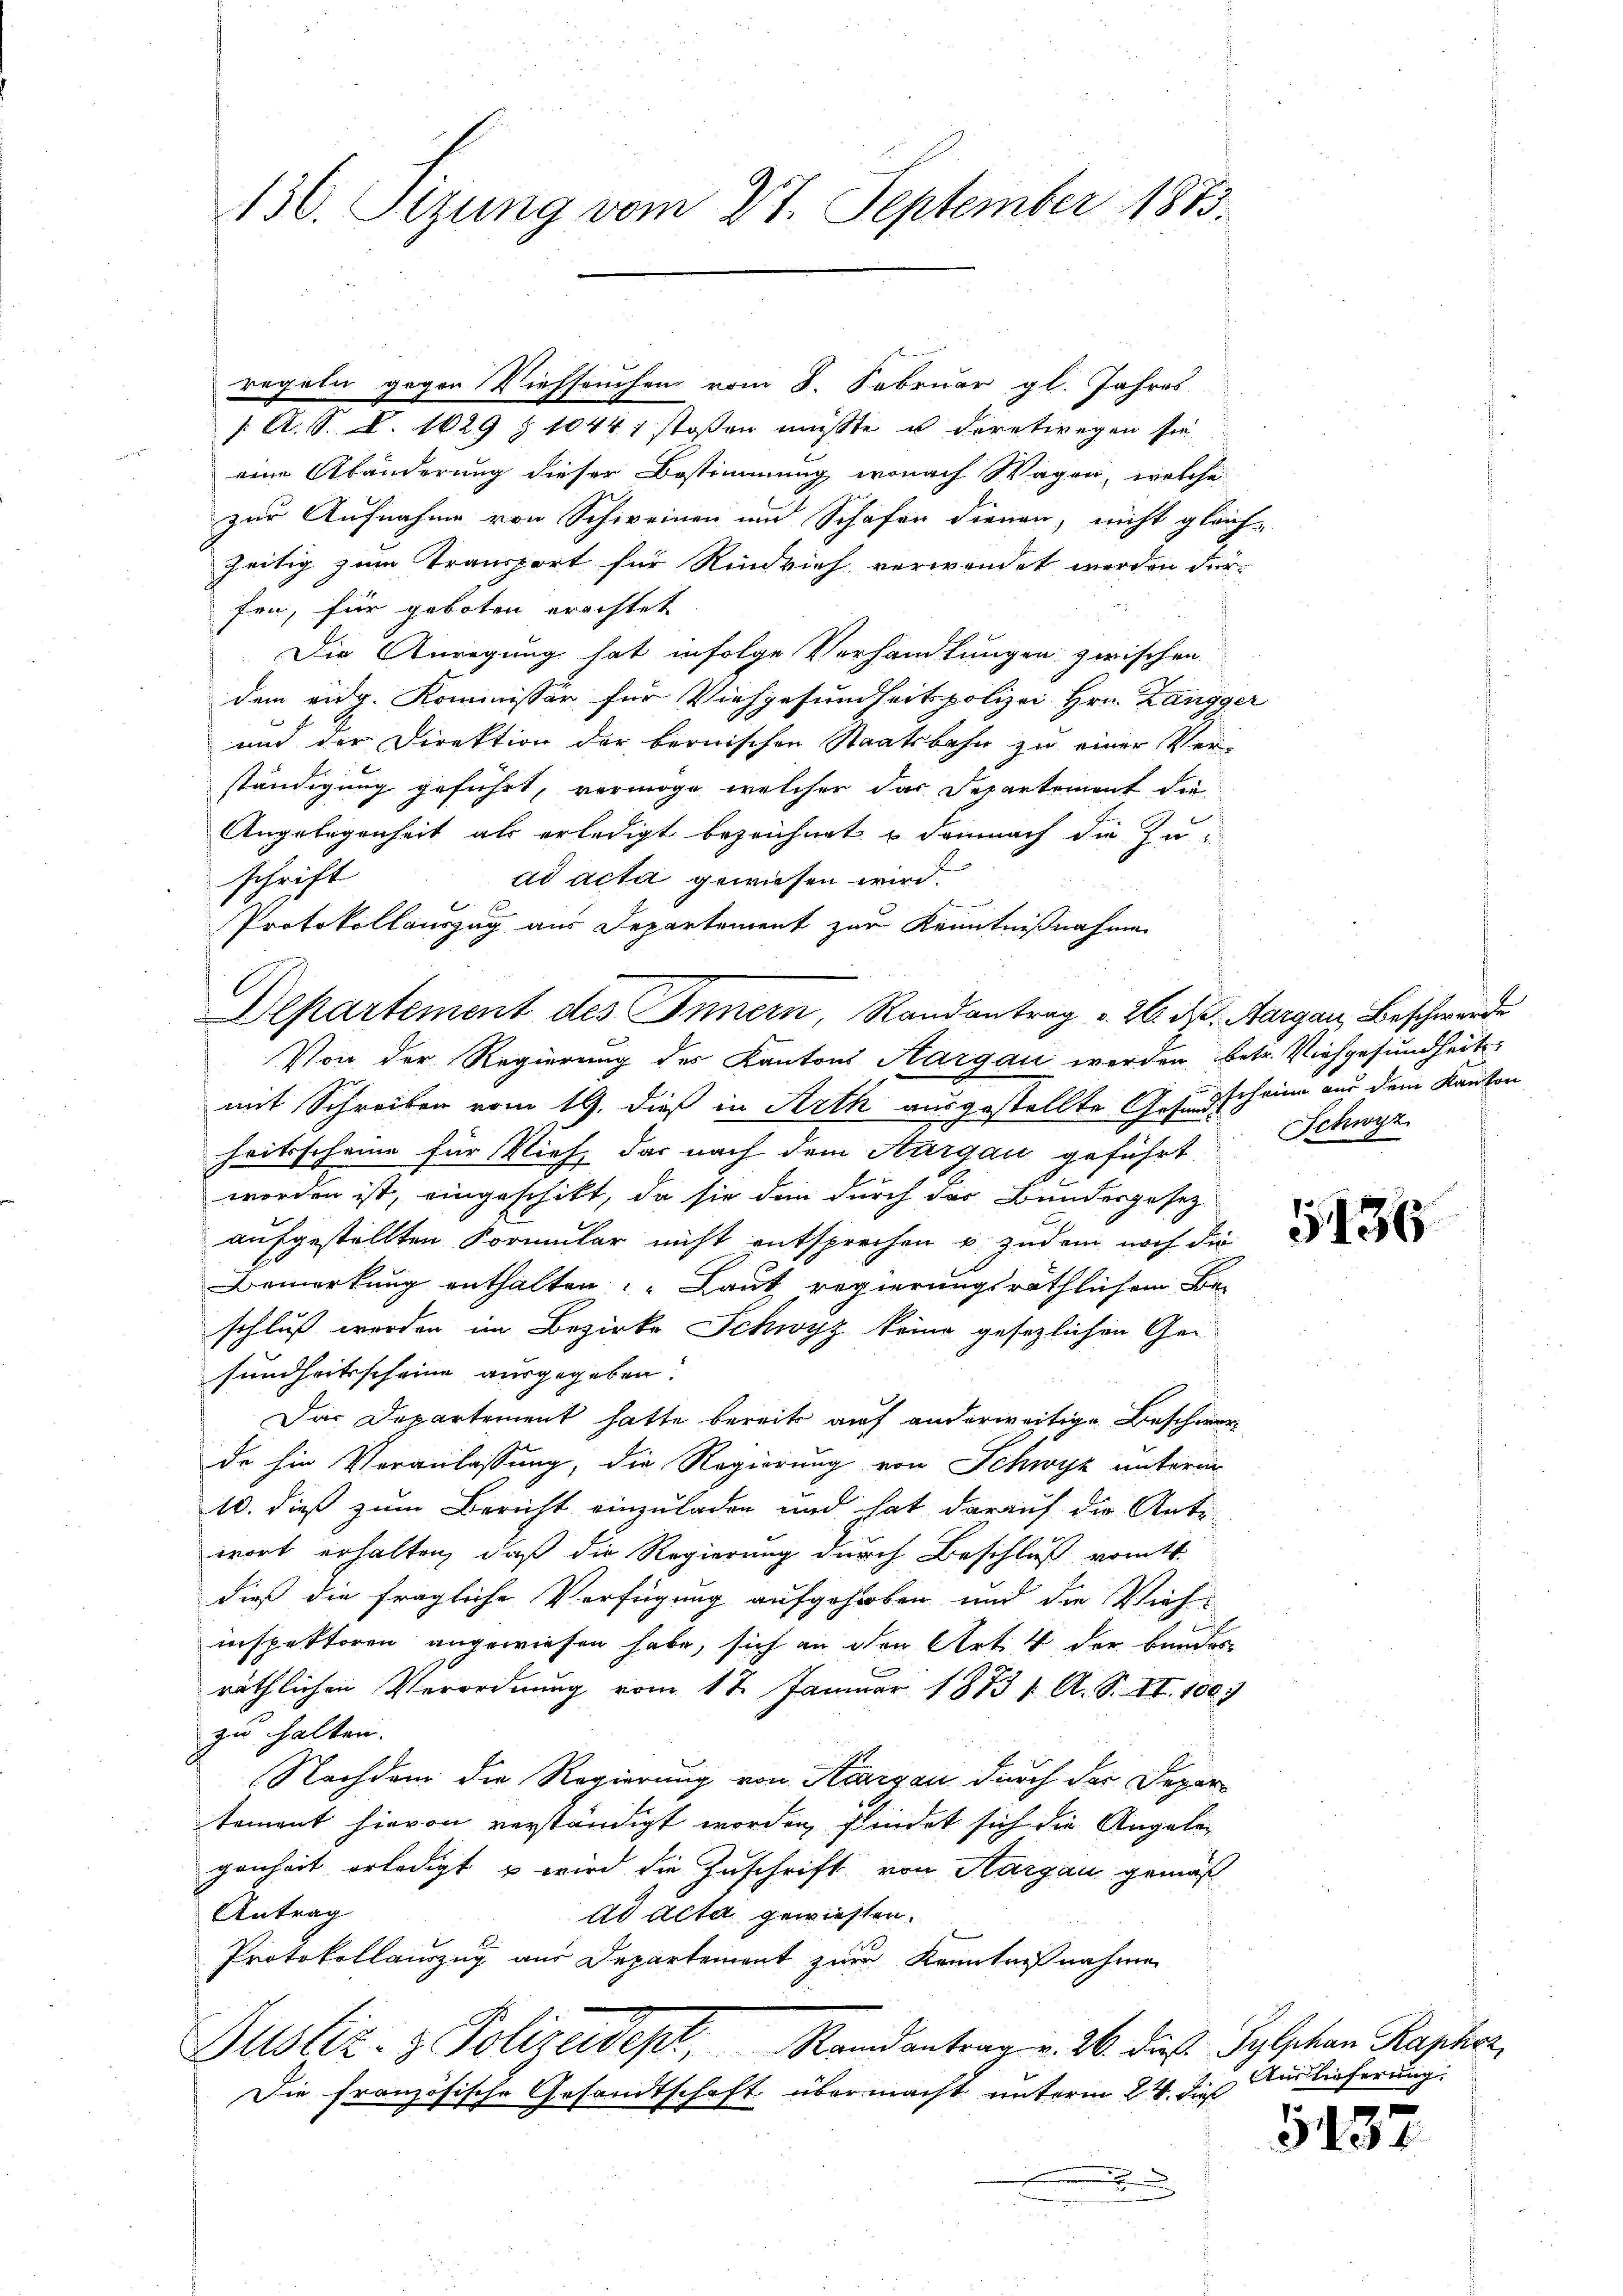
136. Sizung vom 27. September 1873.

regeln gegen Viehseuchen vom 8. Februar gl. Jahres
/. A. S. S. 1629 § 1044 1 stoßen müsste u deretwegen sie
eine Abänderung dieser Bestimmung wonach Wagen, welche
zur Aufnahme von Schweinen und Schafen dienen, nicht gleichzeitig zum Transport für Rindvieh verwendet werden dür-
fen, für geboten erachtet
Die Anregung hat infolge Verhandlungen zwischen
dem eidg. Kommissär für Viehgesundheitspolizei Hrn. Langger
und der Direktion der bernischen Staatsbahn zu einer Ver-
ständigung geführt, vermöge, welcher das Departement die
Angelegenheit als erledigt bezeichnet & demnach die Zuschrift
ad acta gewiesen wird.
Protokollauszug aus Departement zur Kenntnißnahme
Departement des Innern, Randantrag v. 26. d. Aargau, Beschwerde
Von der Regierung des Kantons Aargau werden betr. Viehgesundheit
mit Schreiben vom 19. dieß in Arth ausgestellte Gesundscheine aus dem Kanton
heitscheine für Vieh, das nach dem Aargau geführt
worden ist, eingeschikt, da sie den durch das Bundesgesez
aufgestellten Formular nicht entsprechen u. zudem nach die
Bemerkung enthalten: „Laut regierungsräthlichem Be-
schluß werden im Bezirke Schwyz keine gesezlichen Gesundheitsscheine ausgegeben.
Das Departement hatte bereits auf anderweitige Beschwer
de sie Veranlassung, die Regierung von Schwyz unterm
10. dieß zum Bericht einzuladen und hat darauf die Antr
wort erhalten, daß die Regierung durch Beschluß vom 1.
dieß die fragliche Verfügung aufgehoben und die Vieh-
inspektoren angewiesen habe, sich an den Art. 4 der Bundes
röthlichen Verordnung vom 17. Januar 1873 / A. S. II. 100
zu halten.
Nachdem die Regierung von Aargau durch der Depar
tement hievon verständigt worden, findet sich die Angelegenheit erledigt u wird die Zuschrift von Aargau gemäß
Antrag
Ad Acta gewiesen.
Protokollauszug aus Departement zur Kenntnißnahmen
Justiz- & Polizeidept, Randantrag v. 26. dieß Gylphan Kapton,
Die französische Gesandtschaft übermacht unterm 24. dieß

Schwyz

Auslieferung.

5487